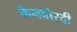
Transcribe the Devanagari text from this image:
केनवोरदी